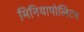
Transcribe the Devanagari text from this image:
मिनियापोलिटन